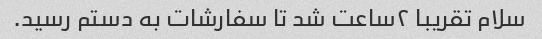
سلام تقریبا ۲ساعت شد تا سفارشات به دستم رسید.